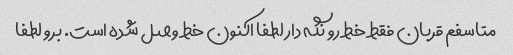
متاسفم قربان فقط خط رو نگه دار لطفا اکنون خط وصل شده است. برو لطفا